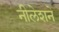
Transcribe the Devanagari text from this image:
नीलेशने